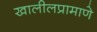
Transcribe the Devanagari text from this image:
खालीलप्रामाणे